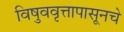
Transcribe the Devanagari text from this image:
विषुववृत्तापासूनचे